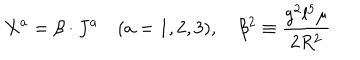
LaTeX: X ^ { a } = \beta \cdot J ^ { a } \quad ( a = 1 , 2 , 3 ) , \quad \beta ^ { 2 } \equiv \frac { g ^ { 2 } l ^ { 5 } \mu } { 2 R ^ { 2 } }